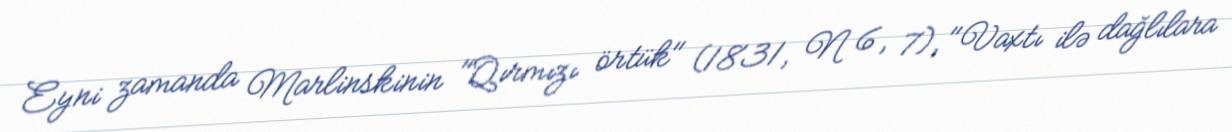
Eyni zamanda Marlinskinin "Qırmızı örtük" (1831, N 6, 7), "Vaxtı ilə dağlılara